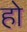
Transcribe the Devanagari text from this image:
हो